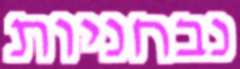
נבחניות